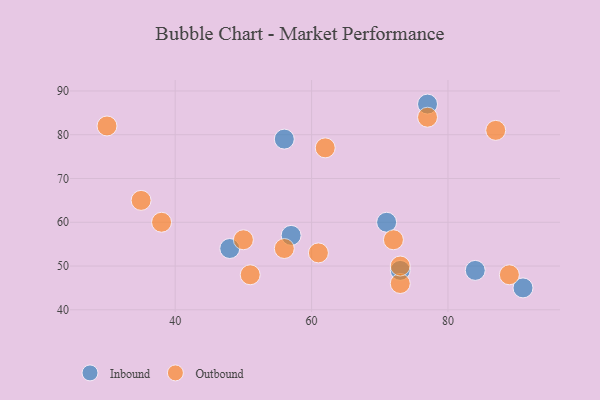
{"axis": {"x": "GDP", "y": "Life Expectancy"}, "legend": ["Inbound", "Outbound"], "data": [{"x": "57", "y": 57, "type": "Inbound"}, {"x": "48", "y": 54, "type": "Inbound"}, {"x": "56", "y": 79, "type": "Inbound"}, {"x": "71", "y": 60, "type": "Inbound"}, {"x": "73", "y": 49, "type": "Inbound"}, {"x": "77", "y": 87, "type": "Inbound"}, {"x": "91", "y": 45, "type": "Inbound"}, {"x": "84", "y": 49, "type": "Inbound"}, {"x": "50", "y": 56, "type": "Outbound"}, {"x": "62", "y": 77, "type": "Outbound"}, {"x": "51", "y": 48, "type": "Outbound"}, {"x": "73", "y": 46, "type": "Outbound"}, {"x": "38", "y": 60, "type": "Outbound"}, {"x": "77", "y": 84, "type": "Outbound"}, {"x": "72", "y": 56, "type": "Outbound"}, {"x": "87", "y": 81, "type": "Outbound"}, {"x": "35", "y": 65, "type": "Outbound"}, {"x": "56", "y": 54, "type": "Outbound"}, {"x": "89", "y": 48, "type": "Outbound"}, {"x": "61", "y": 53, "type": "Outbound"}, {"x": "73", "y": 50, "type": "Outbound"}, {"x": "30", "y": 82, "type": "Outbound"}]}